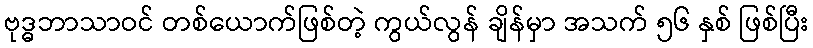
ဗုဒ္ဓဘာသာဝင် တစ်ယောက်ဖြစ်တဲ့ ကွယ်လွန် ချိန်မှာ အသက် ၅၆ နှစ် ဖြစ်ပြီး